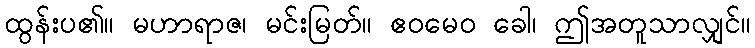
ထွန်းပ၏။ မဟာရာဇ၊ မင်းမြတ်။ ဧဝမေဝ ခေါ၊ ဤအတူသာလျှင်။